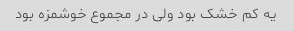
یه کم خشک بود ولی در مجموع خوشمزه بود